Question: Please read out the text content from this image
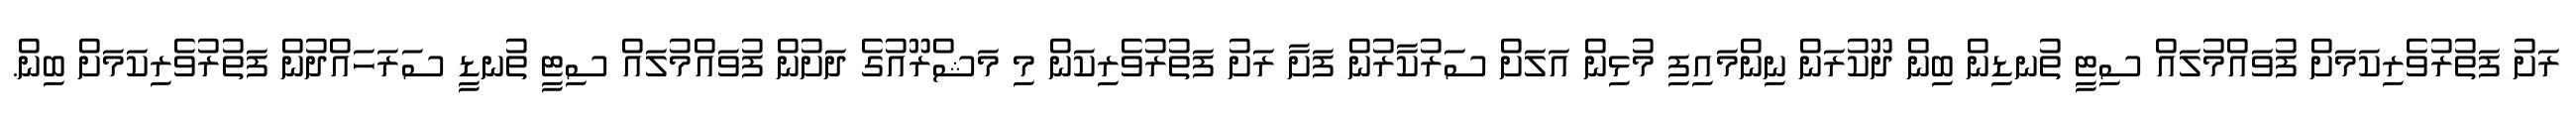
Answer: ރަށު ފަތުރުވެރިކަމަށް ފުވައްމުލައް ސިޓީ ތުނޑިން ބިން ދޫކުރަން ނިންމައިފި މުޅިން އަލަށް ސަރުކާރުން ފަށާ ރަށު ފަތުރުވެރިކަން މި މަޝްރޫއުގެ ދަށުން ފުވައްމުލައް ސިޓީ ތުނޑީ ސަރަހައްދުން ފަތުރުވެރިކަމަށް ބިން.